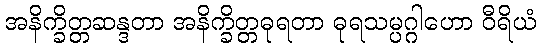
အနိက္ခိတ္တဆန္ဒတာ အနိက္ခိတ္တဓုရတာ ဓုရသမ္ပဂ္ဂါဟော ဝီရိယံ